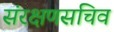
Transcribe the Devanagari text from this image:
संरक्षणसचिव